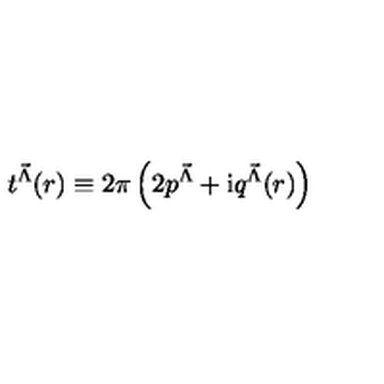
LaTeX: t ^ { { \vec { \Lambda } } } ( r ) \equiv 2 \pi \left( 2 p ^ { { \vec { \Lambda } } } + \mathrm { i } q ^ { { \vec { \Lambda } } } ( r ) \right)